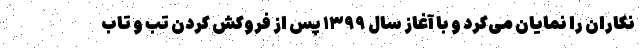
نکاران را نمایان می‌کرد و با آغاز سال ۱۳۹۹ پس از فروکش کردن تب و تاب